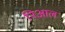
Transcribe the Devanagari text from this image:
निआल